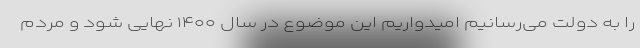
را به دولت می‌رسانیم امیدواریم این موضوع در سال ۱۴۰۰ نهایی شود و مردم